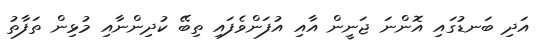
އަދި ބަނޑުގައި އޮންނަ ޖަނީން އާއި އުފަންވެފައި ތިބޭ ކުދިންނާއި މުޅިން ތަފާތު